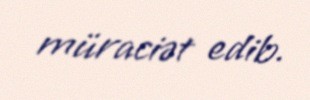
müraciət edib.